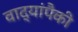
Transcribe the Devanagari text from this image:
वाद्यांपैकी